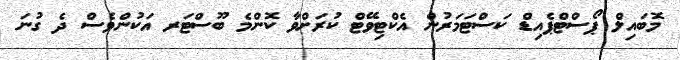
މޮބައިލް ޕޯސްޓްޕެއިޑް ކަސްޓަމަރުން އެކްޓިވޭޓް ކުރަށްވާ ކޮންމެ ބޫސްޓަރ އަކުންވެސް ދެ ގުނަ